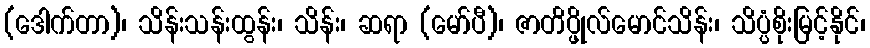
(ဒေါက်တာ)၊ သိန်းသန်းထွန်း၊ သိန်း၊ ဆရာ (မော်ပီ)၊ ဇာတိပ္ဖိုလ်မောင်သိန်း၊ သိပ္ပံစိုးမြင့်နိုင်၊